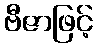
ဗီဇာဖြင့်